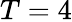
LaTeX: T=4